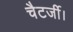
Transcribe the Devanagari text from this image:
चैटर्जी।